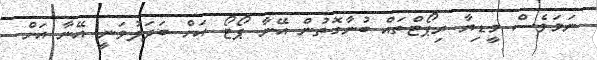
ނަމަވެސް މީޑިޔާ ރިޕޯޓްތައް ބުނާގޮތުން އޭނާ ޕޯޓޯ އަށް ބަދަލުވަނީ އޭނާ އަށް